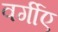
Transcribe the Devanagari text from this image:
वर्गीए